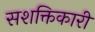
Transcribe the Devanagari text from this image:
सशक्तिकारी